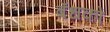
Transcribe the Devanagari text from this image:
बँधकों